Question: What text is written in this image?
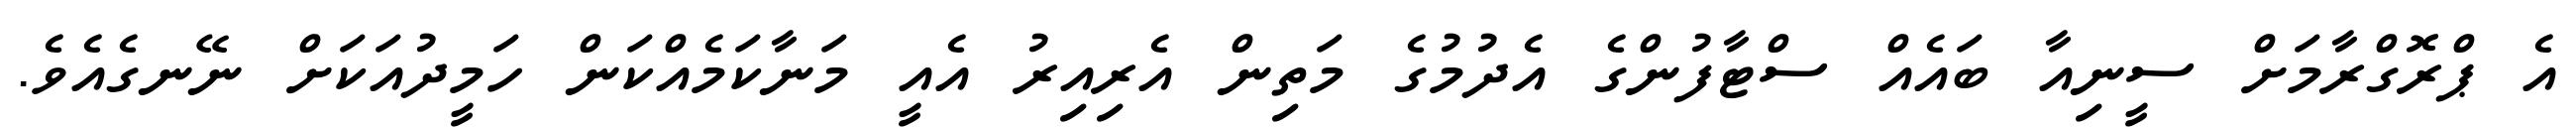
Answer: އެ ޕްރޮގްރާމަށް ސީނިއާ ބައެއް ސްޓާފުންގެ އެދުމުގެ މަތިން އެރިއިރު އެއީ މަނާކަމެއްކަން ހަމީދުއަކަށް ނޭނގެއެވެ.